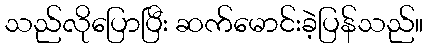
သည်လိုပြောပြီး ဆက်မောင်းခဲ့ပြန်သည်။